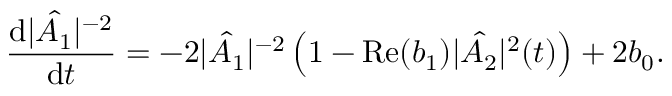
\frac { \mathrm { d } | \hat { A _ { 1 } } | ^ { - 2 } } { \mathrm { d } t } = - 2 | \hat { A _ { 1 } } | ^ { - 2 } \left( 1 - \mathrm { R e } ( b _ { 1 } ) | \hat { A _ { 2 } } | ^ { 2 } ( t ) \right) + 2 b _ { 0 } .